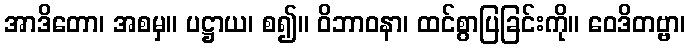
အာဒိတော၊ အစမှ။ ပဋ္ဌာယ၊ စ၍။ ဝိဘာဝနာ၊ ထင်စွာပြခြင်းကို။ ဝေဒိတဗ္ဗာ၊